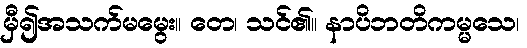
မှီ၍အသက်မမွေး။ တေ၊ သင်၏။ နာပိဘတိကမ္မသေ၊